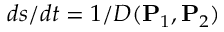
{ d s / d t } = 1 / D ( \mathbf { P } _ { 1 } , \mathbf { P } _ { 2 } )